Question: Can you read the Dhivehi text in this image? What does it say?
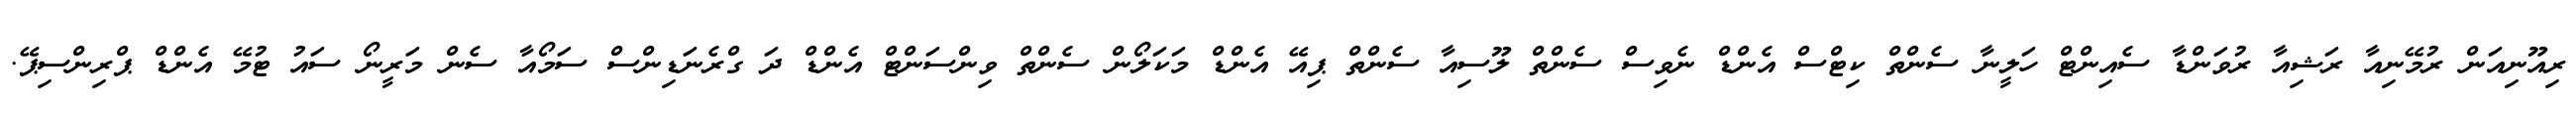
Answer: ރިއޫނިއަން ރުމޭނިއާ ރަޝިއާ ރުވަންޑާ ސެއިންޓް ހަލީނާ ސެންތް ކިޓްސް އެންޑް ނެވިސް ސެންތް ލޫސިއާ ސެންތް ޕިއޭ އެންޑް މަކަލޯން ސެންތް ވިންސަންޓް އެންޑް ދަ ގްރެނަޑިންސް ސަމޯއާ ސެން މަރީނޯ ސައު ޓުމޭ އެންޑް ޕްރިންސިޕޭ.